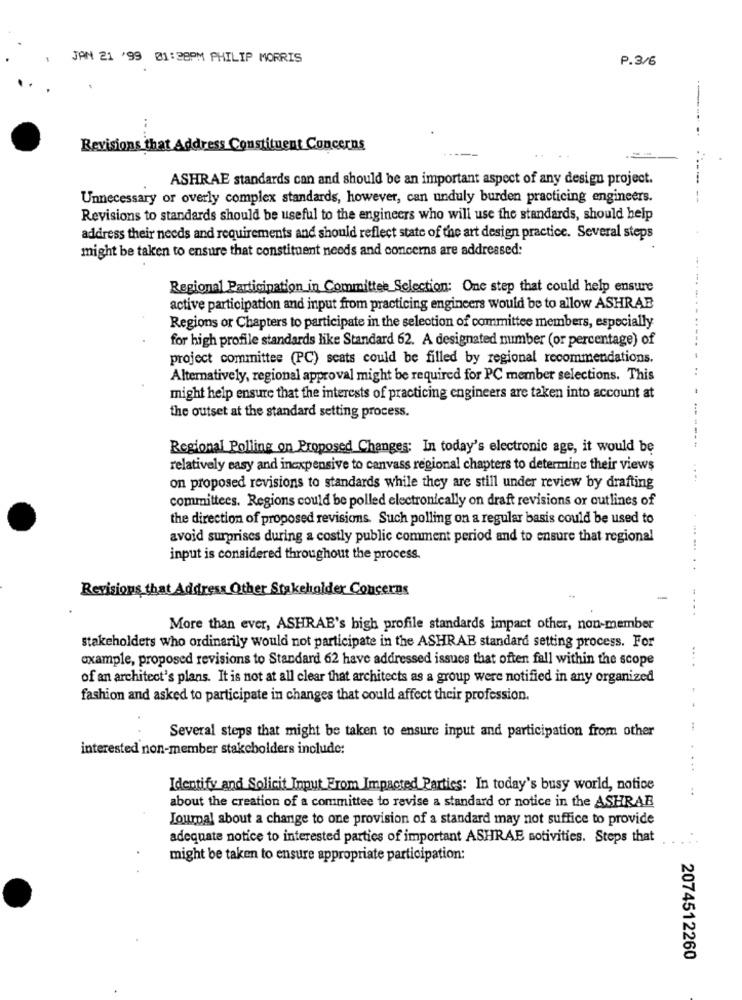
JAN 21 '99 01:38PM PHILIP MORRIS
P.3/6
--
Revisions that Address Constituent Concerns
ASHRAE standards can and should be an important aspect of any design project.
Unnecessary or overly complex standards, however, can unduly burden practicing engineers.
Revisions to standards should be useful to the engineers who will use the standards, should help
address their needs and requirements and should reflect state of the art design practice. Several steps
might be taken to ensure that constituent needs and concerns are addressed:
Regional Participation in Committee Selection: One step that could help ensure
active participation and input from practicing engineers would be to allow ASHRAE
Regions or Chapters to participate in the selection of committee members, especially
for high profile standards like Standard 62. A designated number (or percentage) of
project committee (PC) seats could be filled by regional recommendations.
Alternatively, regional approval might be required for PC member selections. This
might help ensure that the interests of practicing engineers are taken into account at
the outset at the standard setting process.
Regional Polling on Proposed Changes: In today's electronic age, it would be
relatively easy and inexpensive to canvass regional chapters to determine their views
....
on proposed revisions to standards while they are still under review by drafting
committees. Regions could be polled electronically on draft revisions or outlines of
the direction of proposed revisions. Such polling on a regular basis could be used to
avoid surprises during a costly public comment period and to ensure that regional
input is considered throughout the process.
.+
Revisions that Address Other Stakeholder Concerns
....
More than ever, ASHRAE's high profile standards impact other, non-member
stakeholders who ordinarily would not participate in the ASHRAB standard setting process. For
example, proposed revisions to Standard 62 have addressed issues that often fall within the scope
of an architect's plans. It is not at all clear that architects as a group were notified in any organized
fashion and asked to participate in changes that could affect their profession.
Several steps that might be taken to ensure input and participation from other
interested non-member stakeholders include:
Identify and Solicit Input From Impacted Parties: In today's busy world, notice
about the creation of a committee to revise a standard or notice in the ASHRAE
Journal about a change to one provision of a standard may not suffice to provide
adequate notice to interested parties of important ASHRAE sotivities. Steps that
might be taken to ensure appropriate participation:
2074512260